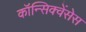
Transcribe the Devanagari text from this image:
कॉन्सिक्वेंसेस